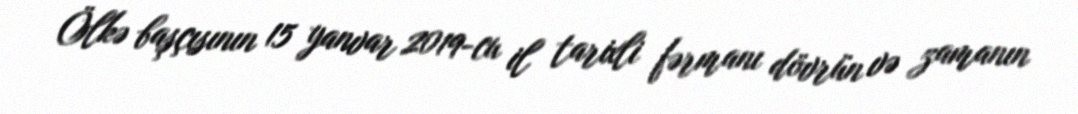
Ölkə başçısının 15 yanvar 2019-cu il tarixli fərmanı dövrün və zamanın